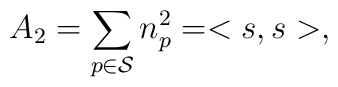
A_2 = \sum_{p \in {\cal S}} n_p^2 = <s,s>,